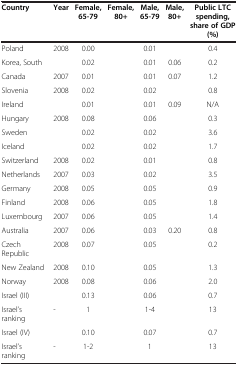
<table><thead><tr><td><b>Country</b></td><td><b>Year</b></td><td><b>Female, 65-79</b></td><td><b>Female, 80+</b></td><td><b>Male, 65-79</b></td><td><b>Male, 80+</b></td><td><b>Public LTC spending, share of GDP (%)</b></td></tr></thead><tbody><tr><td>Poland</td><td>2008</td><td>0.00</td><td>[EMPTY_CELL]</td><td>0.01</td><td>[EMPTY_CELL]</td><td>0.4</td></tr><tr><td>Korea, South</td><td>[EMPTY_CELL]</td><td>0.02</td><td>[EMPTY_CELL]</td><td>0.01</td><td>0.06</td><td>0.2</td></tr><tr><td>Canada</td><td>2007</td><td>0.01</td><td>[EMPTY_CELL]</td><td>0.01</td><td>0.07</td><td>1.2</td></tr><tr><td>Slovenia</td><td>2008</td><td>0.02</td><td>[EMPTY_CELL]</td><td>0.02</td><td>[EMPTY_CELL]</td><td>0.8</td></tr><tr><td>Ireland</td><td>[EMPTY_CELL]</td><td>0.01</td><td>[EMPTY_CELL]</td><td>0.01</td><td>0.09</td><td>N/A</td></tr><tr><td>Hungary</td><td>2008</td><td>0.08</td><td>[EMPTY_CELL]</td><td>0.06</td><td>[EMPTY_CELL]</td><td>0.3</td></tr><tr><td>Sweden</td><td>[EMPTY_CELL]</td><td>0.02</td><td>[EMPTY_CELL]</td><td>0.02</td><td>[EMPTY_CELL]</td><td>3.6</td></tr><tr><td>Iceland</td><td>[EMPTY_CELL]</td><td>0.02</td><td>[EMPTY_CELL]</td><td>0.02</td><td>[EMPTY_CELL]</td><td>1.7</td></tr><tr><td>Switzerland</td><td>2008</td><td>0.02</td><td>[EMPTY_CELL]</td><td>0.01</td><td>[EMPTY_CELL]</td><td>0.8</td></tr><tr><td>Netherlands</td><td>2007</td><td>0.03</td><td>[EMPTY_CELL]</td><td>0.02</td><td>[EMPTY_CELL]</td><td>3.5</td></tr><tr><td>Germany</td><td>2008</td><td>0.05</td><td>[EMPTY_CELL]</td><td>0.05</td><td>[EMPTY_CELL]</td><td>0.9</td></tr><tr><td>Finland</td><td>2008</td><td>0.06</td><td>[EMPTY_CELL]</td><td>0.05</td><td>[EMPTY_CELL]</td><td>1.8</td></tr><tr><td>Luxembourg</td><td>2007</td><td>0.06</td><td>[EMPTY_CELL]</td><td>0.05</td><td>[EMPTY_CELL]</td><td>1.4</td></tr><tr><td>Australia</td><td>2007</td><td>0.06</td><td>[EMPTY_CELL]</td><td>0.03</td><td>0.20</td><td>0.8</td></tr><tr><td>Czech Republic</td><td>2008</td><td>0.07</td><td>[EMPTY_CELL]</td><td>0.05</td><td>[EMPTY_CELL]</td><td>0.2</td></tr><tr><td>New Zealand</td><td>2008</td><td>0.10</td><td>[EMPTY_CELL]</td><td>0.05</td><td>[EMPTY_CELL]</td><td>1.3</td></tr><tr><td>Norway</td><td>2008</td><td>0.08</td><td>[EMPTY_CELL]</td><td>0.06</td><td>[EMPTY_CELL]</td><td>2.0</td></tr><tr><td>Israel (III)</td><td>[EMPTY_CELL]</td><td>0.13</td><td>[EMPTY_CELL]</td><td>0.06</td><td>[EMPTY_CELL]</td><td>0.7</td></tr><tr><td>Israel’s ranking</td><td>-</td><td>1</td><td>[EMPTY_CELL]</td><td>1-4</td><td>[EMPTY_CELL]</td><td>13</td></tr><tr><td>Israel (IV)</td><td>[EMPTY_CELL]</td><td>0.10</td><td>[EMPTY_CELL]</td><td>0.07</td><td>[EMPTY_CELL]</td><td>0.7</td></tr><tr><td>Israel’s ranking</td><td>-</td><td>1-2</td><td>[EMPTY_CELL]</td><td>1</td><td>[EMPTY_CELL]</td><td>13</td></tr></tbody></table>